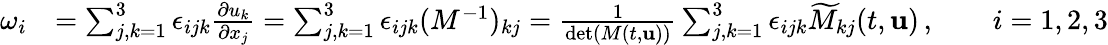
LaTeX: \begin{array}{rl}{\omega_{i}}&{=\sum_{j,k=1}^{3}\epsilon_{ijk}\frac{\partial u_{k}}{\partial x_{j}}=\sum_{j,k=1}^{3}\epsilon_{ijk}(M^{-1})_{kj}=\frac{1}{\operatorname*{det}(M(t,{\mathbf{u}}))}\sum_{j,k=1}^{3}\epsilon_{ijk}\widetilde{M}_{kj}(t,{\mathbf{u}})\, ,\qquad i=1,2,3}\end{array}